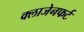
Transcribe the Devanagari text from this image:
क्लाजेनफर्ट